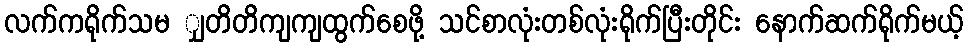
လက်ကရိုက်သမ ျှတိတိကျကျထွက်စေဖို့ သင်စာလုံးတစ်လုံးရိုက်ပြီးတိုင်း နောက်ဆက်ရိုက်မယ့်